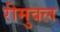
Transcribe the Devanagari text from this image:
रीमुवल